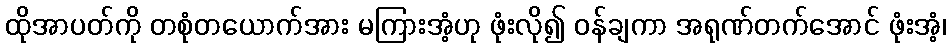
ထိုအာပတ်ကို တစုံတယောက်အား မကြားအံ့ဟု ဖုံးလို၍ ဝန်ချကာ အရုဏ်တက်အောင် ဖုံးအံ့၊